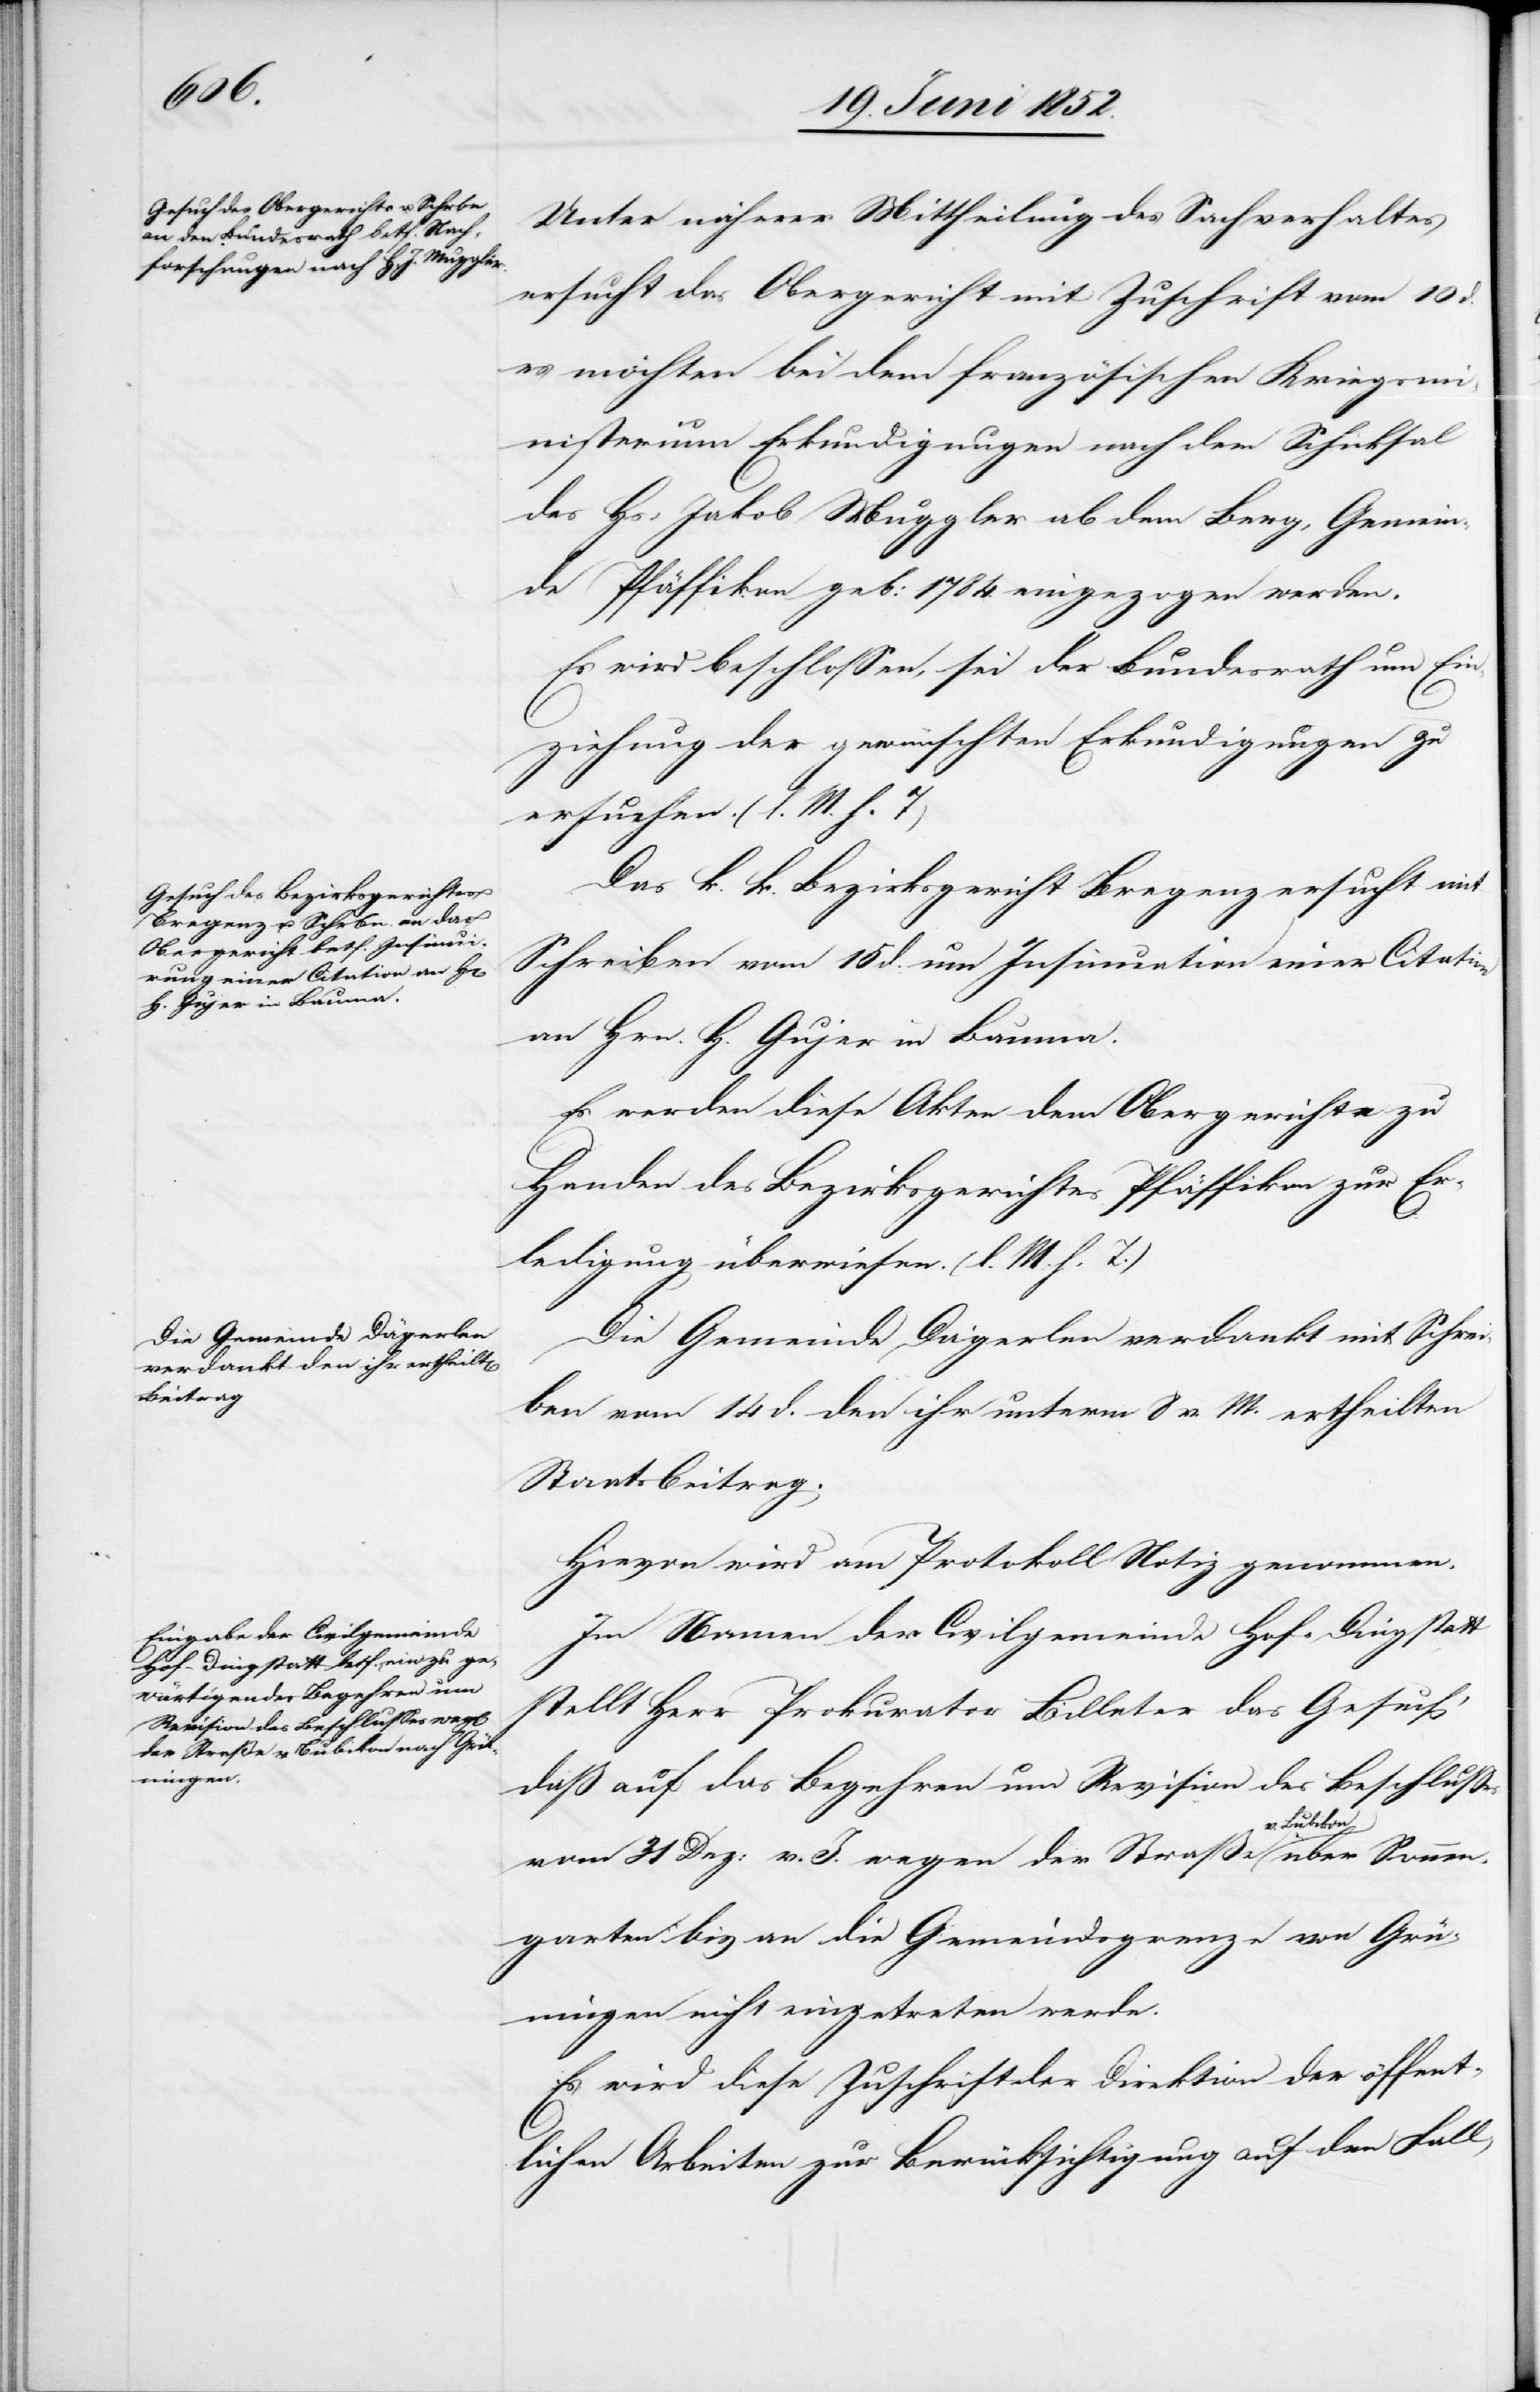
Unter näherer Mittheilung des Sachverhaltes
ersucht das Obergericht mit Zuschrift vom 10 d.
es möchten bei dem französischen Kriegsm¬
inisterium Erkundigungen nach dem Schicksal
des Hs: Jakob Muggler ab dem Berg, Gemein¬
de Pfäffikon geb: 1784. eingezogen werden.
Es wird beschlossen, sei der Bundesrath um Ein¬
ziehung der gewünschten Erkundigungen zu
ersuchen. (l. M. h. T)
Das k. k. Bezirksgericht Bregenz ersucht mit
Schreiben vom 1[?5] d. um Insinuation einer Citation
an Hrn. H. Gujer in Bauma.
Es werden diese Akten dem Obergerichte zu
Handen des Bezirksgerichtes Pfäffikon zur Er¬
ledigung überwiesen. (l. M. h. T.)
Die Gemeinde Dägerlen verdankt mit Schrei¬
ben vom 14 d. den ihr unterm 8 v. M. ertheilten
Staatsbeitrag.
Hievon wird am Protokoll Notiz genommen.
Im Namen der Civilgemeinde Hof-Dingstatt
stellt Herr Prokurator Billeter das Gesuch,
daß auf das Begehren um Revision des Beschlusses
über Sonnen¬
vom 31 Dez: v. J. wegen der Straße v. Bu¬
garten bis an die Gemeindsgrenze von Grü¬
ningen nicht eingetreten werde.
Es wird diese Zuschrift der Direktion der öffent¬
lichen Arbeiten zur Berücksichtigung auf den Fall,